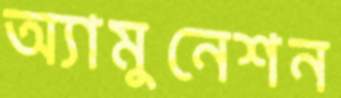
অ্যামুনেশন